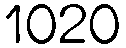
1020